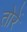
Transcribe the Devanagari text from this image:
तोरें